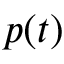
p ( t )